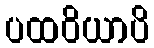
ပထဝိယာပိ